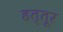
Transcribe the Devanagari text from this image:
हत्तूर